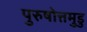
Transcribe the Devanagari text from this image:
पुरुषोत्तमुडु